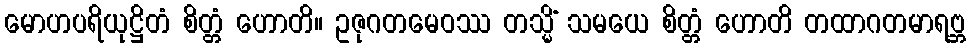
မောဟပရိယုဋ္ဌိတံ စိတ္တံ ဟောတိ။ ဥဇုဂတမေဝဿ တသ္မိံ သမယေ စိတ္တံ ဟောတိ တထာဂတမာရဗ္ဘ